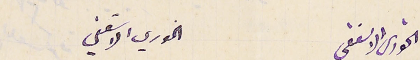
الخوري الاسقفى                   الخوري الاسقفي